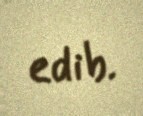
edib.